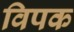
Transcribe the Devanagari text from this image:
विपक